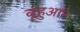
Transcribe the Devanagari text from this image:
वूहुआन